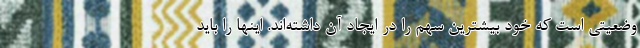
وضعیتی است که خود بیشترین سهم را در ایجاد آن داشته‌اند. اینها را باید